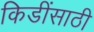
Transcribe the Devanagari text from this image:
किडींसाठी